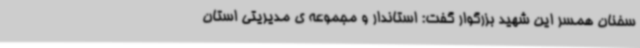
سخنان همسر این شهید بزرگوار گفت: استاندار و مجموعه ی مدیریتی استان